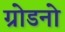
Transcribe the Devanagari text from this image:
ग्रोडनो